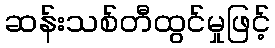
ဆန်းသစ်တီထွင်မှုဖြင့်